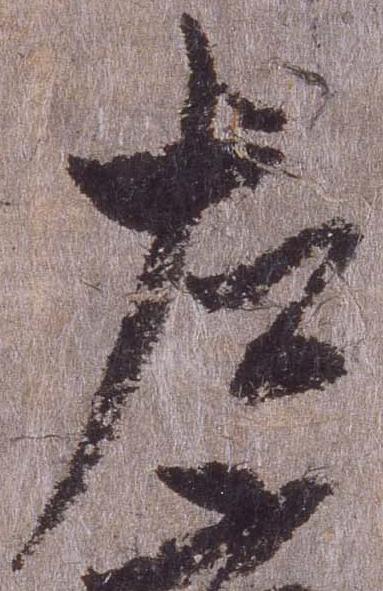
左